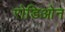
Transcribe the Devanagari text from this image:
रोडिओन